Report on metropolitan horse fairs and district horse shows of 1891-92 - 1891-1892
Year: 1891
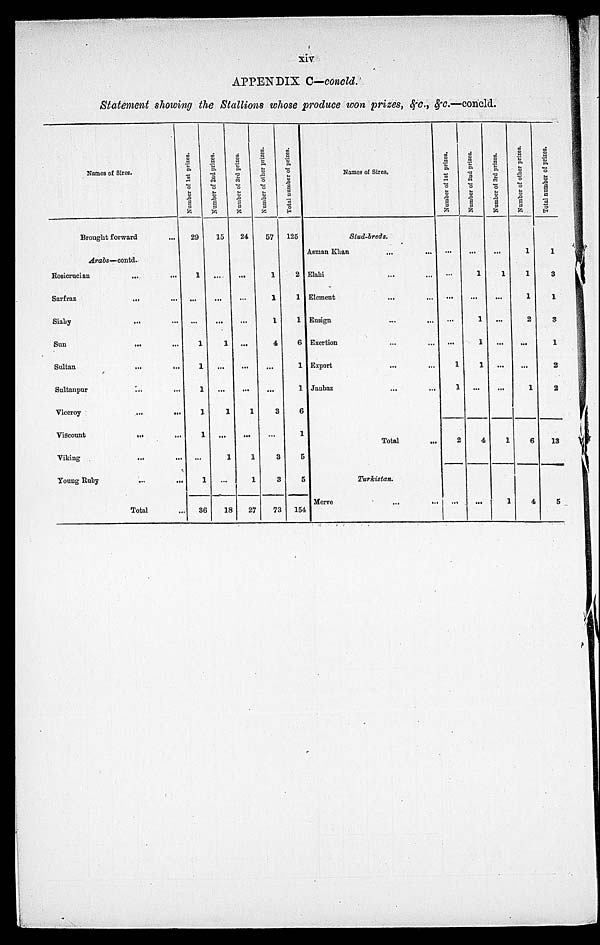
xiv
APPENDIX C—concld.
Statement showing the Stallions whose produce won prizes, &c., &c.—concld.
Names of Sires.
Brought forward ...
Arabs-contd.
Rosicrucian ...
Sarfraz ...
Siaby ...
Sun ...
Sultan
...
Sultanpur ...
Viceroy
...
Viscount
...
Viking
...
Young Ruby
...
...
...
...
...
...
...
...
...
...
...
Total ...
Number of 1st prizes.
29
1
...
...
1
1
1
1
1
...
1
36
Number of 2nd prizes.
15
...
...
...
1
...
...
1
...
1
...
18
Number of 3rd prizes.
24
...
...
...
...
...
...
1
...
1
1
27
Number of other prizes.
57
1
1
1
4
...
...
3
...
3
3
73
Total number of prizes.
125
2
1
1
6
1
1
6
1
5
5
154
Names of Sires.
Stud-breds.
Asman Khan ...
Elahi ...
Element
...
Ensign ...
Exertion ...
Export ...
Janbaz ...
...
...
...
...
...
...
...
Total ...
Turkistan.
Merve
...
...
Number of 1st prizes.
...
...
...
...
...
1
1
2
...
Number of 2nd prizes.
...
1
...
1
1
1
...
4
...
Number of 3rd prizes.
...
1
...
...
...
...
...
1
1
Number of other prizes.
1
1
1
2
...
...
1
6
4
Total number of prizes.
1
3
1
3
1
2
2
13
5